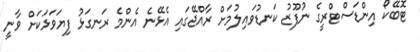
ޓޮބޭކޯ އިންޑަސްޓްރީގެ ނުފޫޒު ކަނޑުވައިލުމަށް ރާއްޖޭގައި އެޅޭނެ އެންމެ ރަނގަޅު ފިޔަވަޅަކަށް ވާނީ